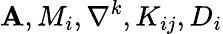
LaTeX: {\mathbf A},M_{i},\nabla^{k},K_{ij},D_{i}